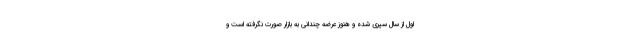
اول از سال سپری شده و هنوز عرضه چندانی به بازار صورت نگرفته است و